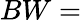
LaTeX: BW=